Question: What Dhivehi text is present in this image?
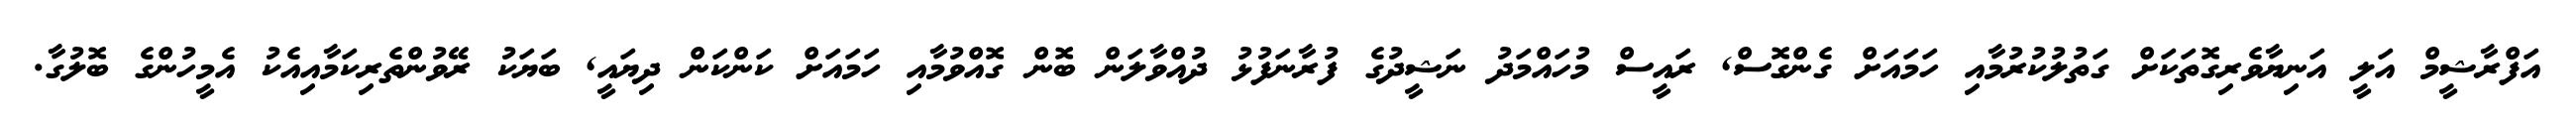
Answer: އަފްރާޝީމް އަލީ އަނިޔާވެރިގޮތަކަށް ގަތުލުކުރުމާއި ހަމައަށް ގެންގޮސް, ރައީސް މުހައްމަދު ނަޝީދުގެ ފުރާނަފުޅު ދުއްވާލަން ބޮން ގޮއްވުމާއި ހަމައަށް ކަންކަން ދިޔައީ, ބަޔަކު ރޭވުންތެރިކަމާއިއެކު އެމީހުންގެ ބޮލުގާ.